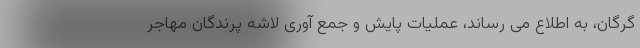
گرگان، به اطلاع می رساند، عملیات پایش و جمع آوری لاشه پرندگان مهاجر